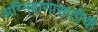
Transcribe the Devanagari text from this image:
अग्निबाणासाठीची